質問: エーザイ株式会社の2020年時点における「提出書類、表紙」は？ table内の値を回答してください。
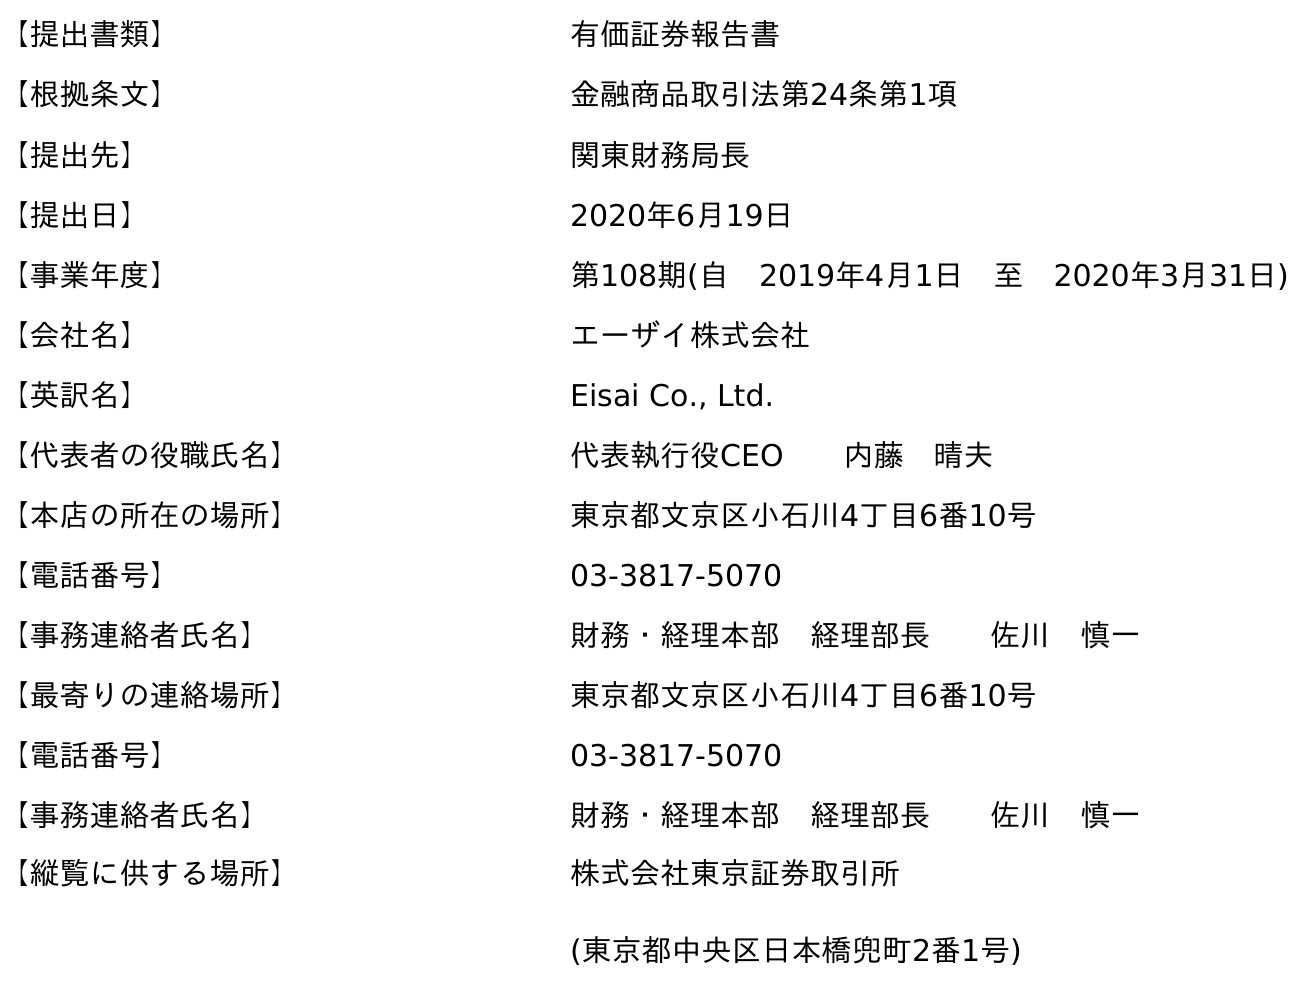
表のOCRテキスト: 【提出書類】 有価証券報告書 【根拠条文】 金融商品取引法第24条第1項 【提出先】 関東財務局長 【提出日】 2020年6月19日 【事業年度】 第108期(自 2019年4月1日 至 2020年3月31日) 【会社名】 エーザイ株式会社 【英訳名】 Eisai Co., Ltd. 【代表者の役職氏名】 代表執行役CEO  内藤 晴夫 【本店の所在の場所】 東京都文京区小石川4丁目6番10号 【電話番号】 03-3817-5070 【事務連絡者氏名】 財務・経理本部 経理部長  佐川 慎一 【最寄りの連絡場所】 東京都文京区小石川4丁目6番10号 【電話番号】 03-3817-5070 【事務連絡者氏名】 財務・経理本部 経理部長  佐川 慎一 【縦覧に供する場所】 株式会社東京証券取引所 (東京都中央区日本橋兜町2番1号)
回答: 有価証券報告書